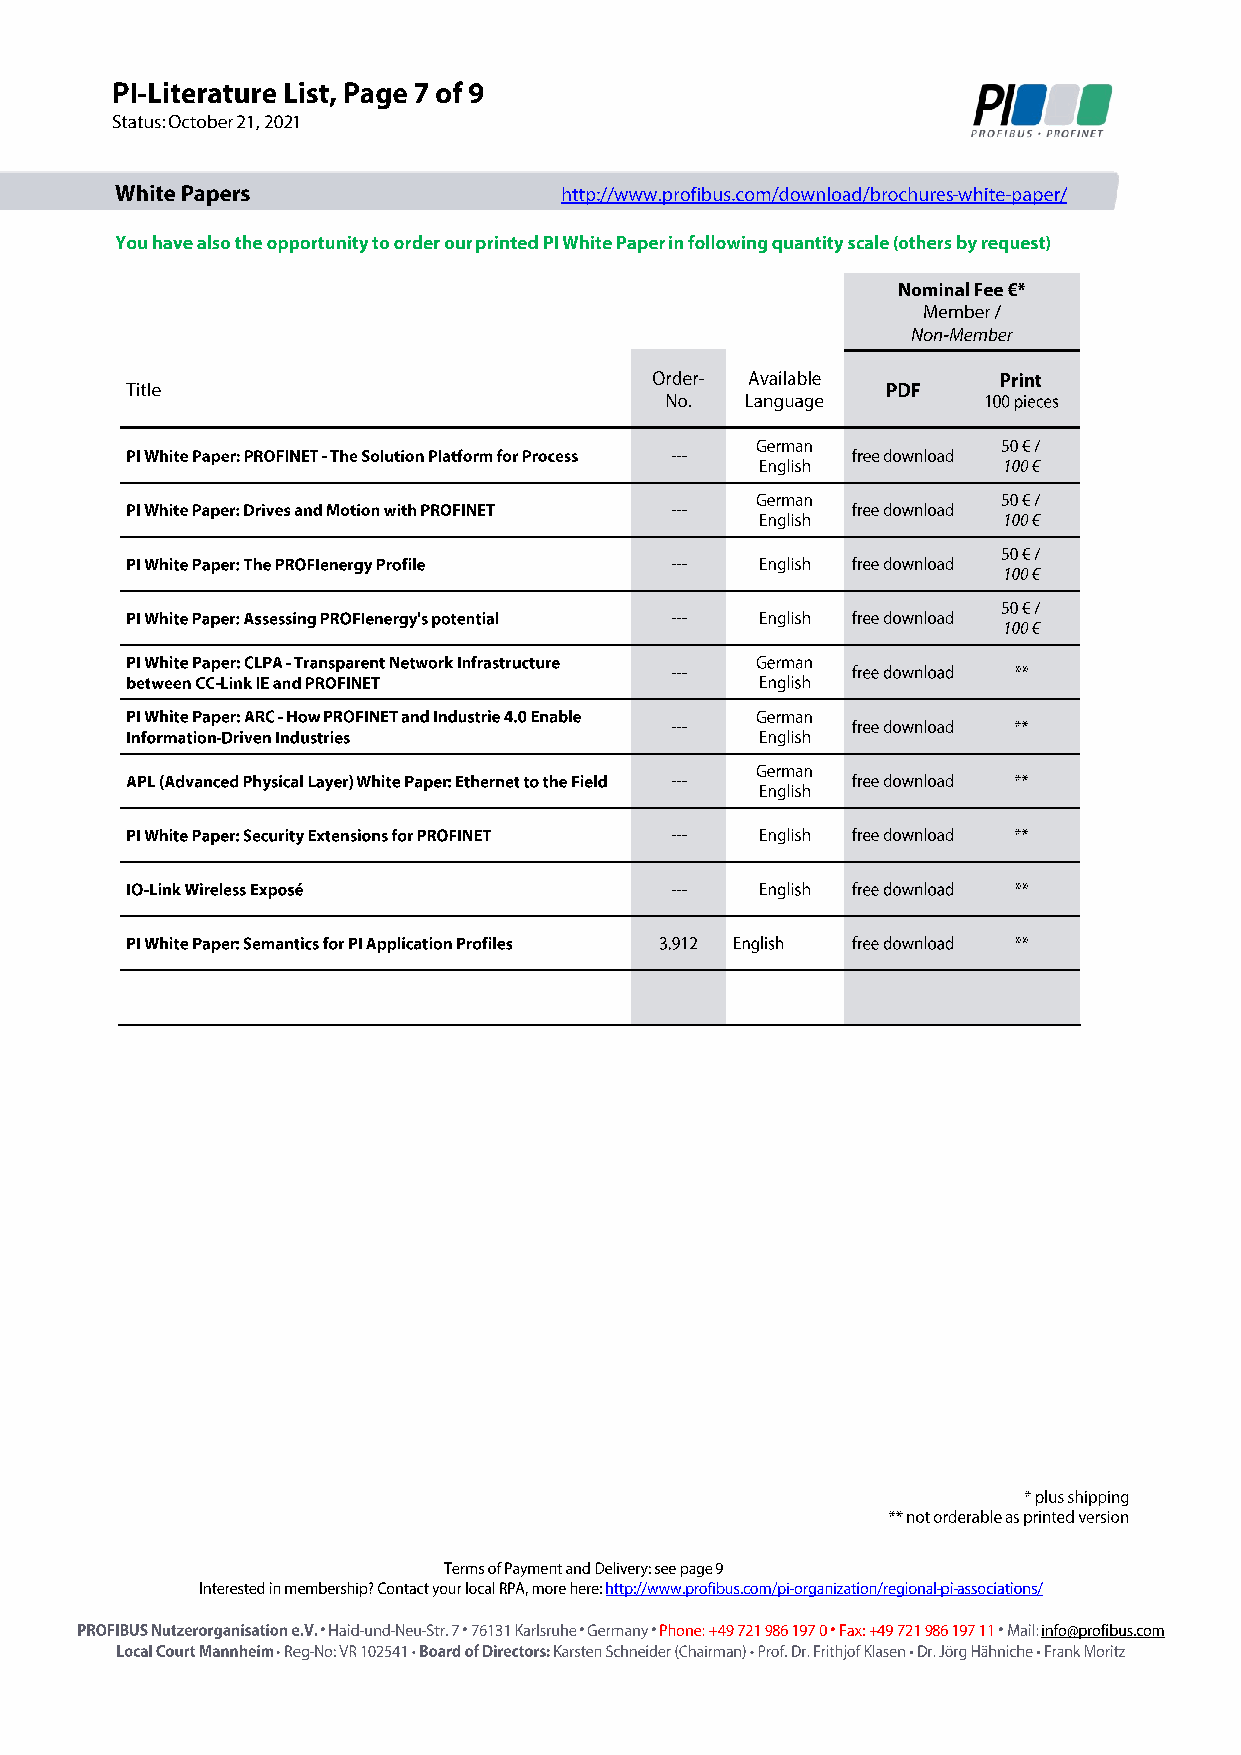
•         •      •    •           •          •